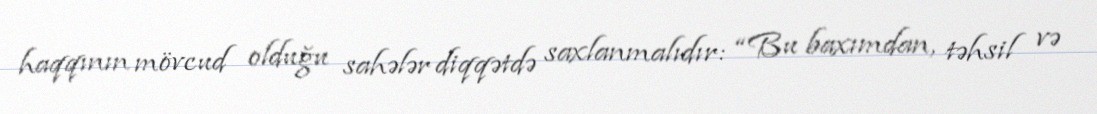
haqqının mövcud olduğu sahələr diqqətdə saxlanmalıdır: “Bu baxımdan, təhsil və